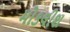
મોકલીશ